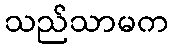
သည်သာမက